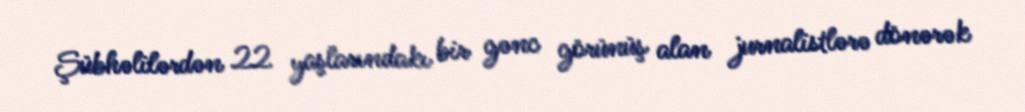
Şübhəlilərdən 22 yaşlarındakı bir gənc görünüş alan jurnalistlərə dönərək